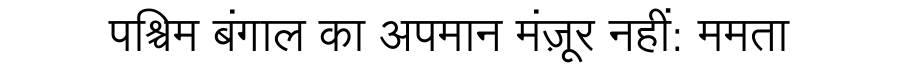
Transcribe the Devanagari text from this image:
पश्चिम बंगाल का अपमान मंज़ूर नहीं: ममता